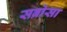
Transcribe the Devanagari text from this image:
सब्रोसा